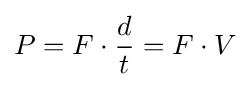
P=F\cdot {\frac {d}{t}}=F\cdot V